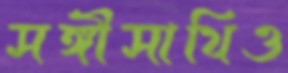
সঙ্গীসাথিও